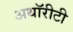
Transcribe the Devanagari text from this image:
अथॉरीटी